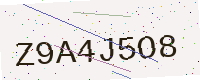
Text: Z9A4J5O8